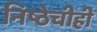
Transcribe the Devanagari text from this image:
निष्ठेचीही